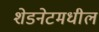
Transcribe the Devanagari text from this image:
शेडनेटमधील